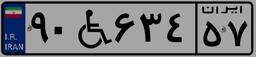
۶۷W۹۷۵۶۸